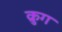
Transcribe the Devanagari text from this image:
क्रुग